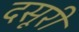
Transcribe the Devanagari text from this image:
दसूरी